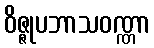
ဝိဇ္ဇုပဘာသဝဏ္ဏာ